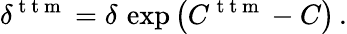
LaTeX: \delta^{\mathrm{~t~t~m~}}=\delta\, \exp\left(C^{\mathrm{~t~t~m~}}-C\right)\, .